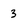
Character: 3